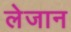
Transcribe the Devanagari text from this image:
लेजान